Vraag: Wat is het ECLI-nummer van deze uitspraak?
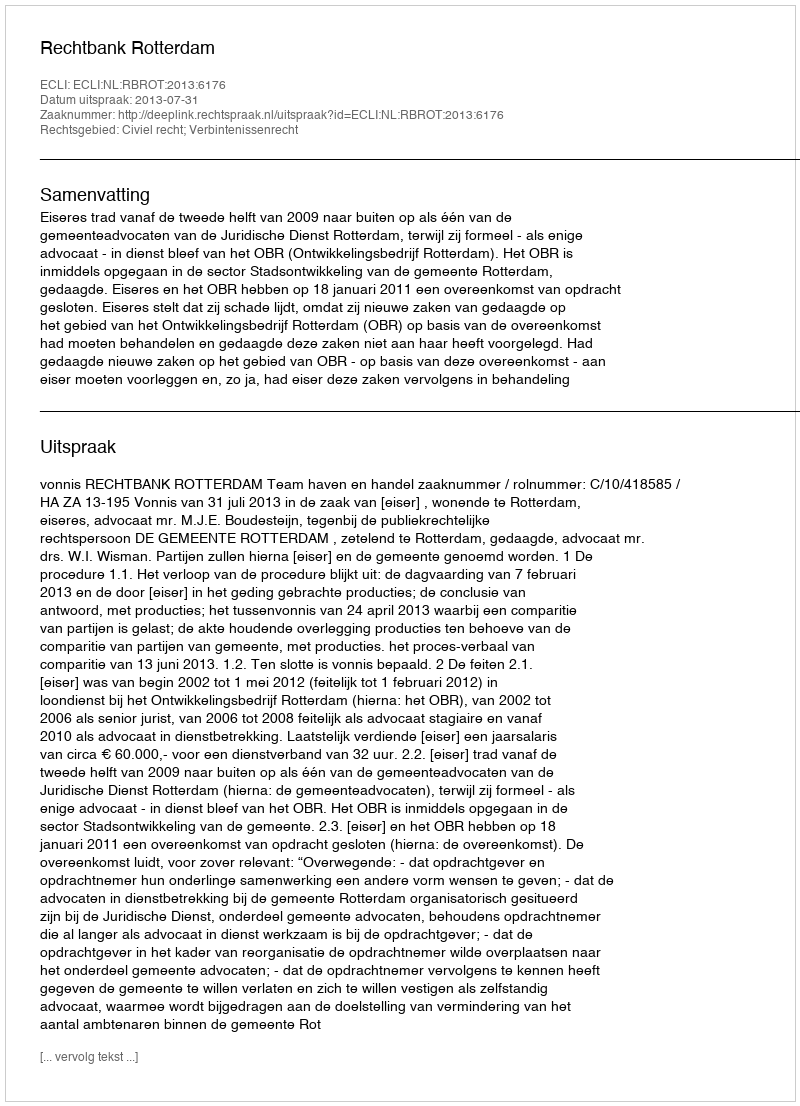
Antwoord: ECLI:NL:RBROT:2013:6176